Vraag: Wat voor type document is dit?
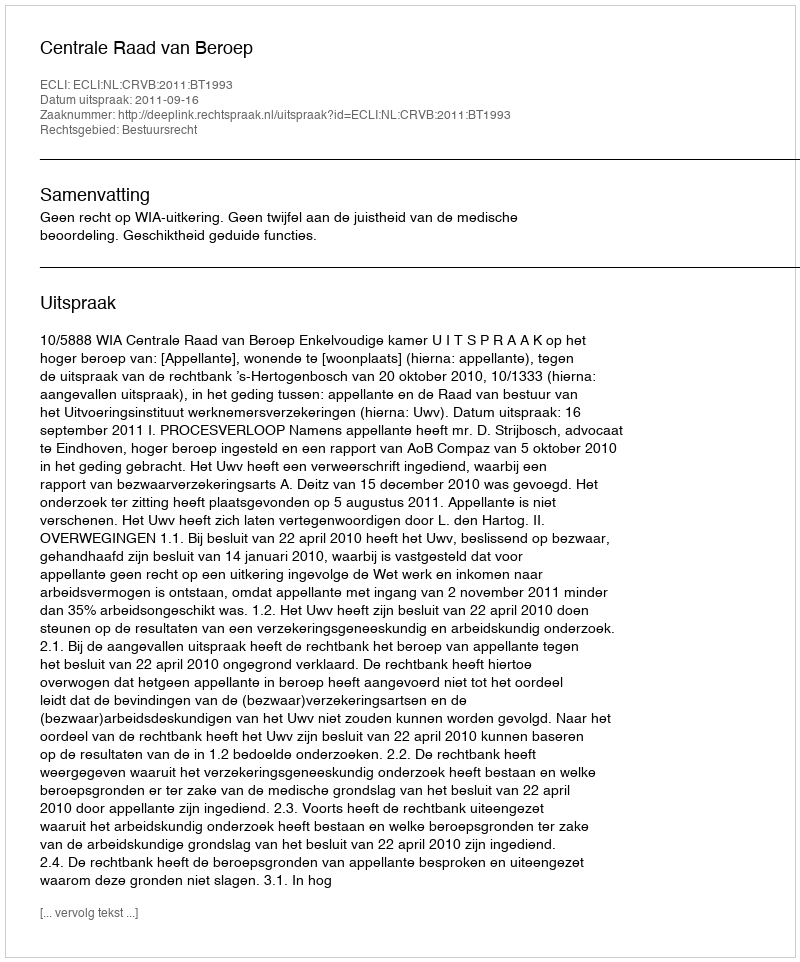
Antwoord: Uitspraak